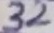
Text: 32